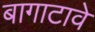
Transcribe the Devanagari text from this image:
बागाटावे